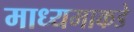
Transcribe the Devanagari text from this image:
माध्यमाकडे